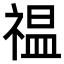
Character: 𫀚